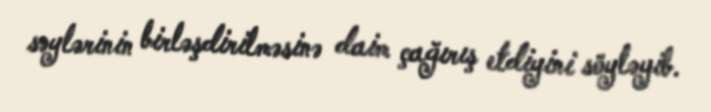
səylərinin birləşdirilməsinə daim çağırış etdiyini söyləyib.